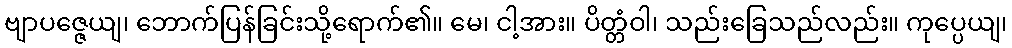
ဗျာပဇ္ဇေယျ၊ ဘောက်ပြန်ခြင်းသို့ရောက်၏။ မေ၊ ငါ့အား။ ပိတ္တံဝါ၊ သည်းခြေသည်လည်း။ ကုပ္ပေယျ၊